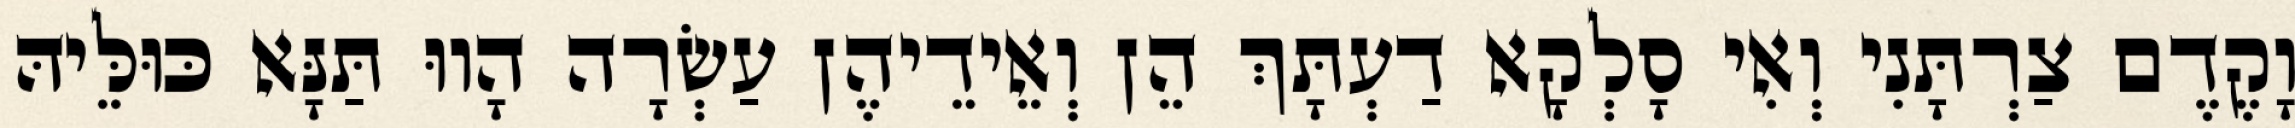
וָקֶדֶם צַרְתָּנִי וְאִי סָלְקָא דַעְתָּךְ הֵן וְאֵידֵיהֶן עַשְׂרָה הָווּ תַּנָּא כּוּלֵּיהּ